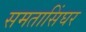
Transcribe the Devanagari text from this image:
समतासिंघर